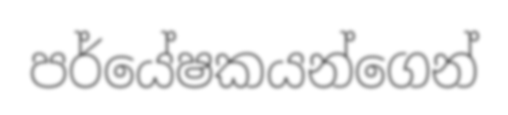
පර්යේෂකයන්ගෙන්